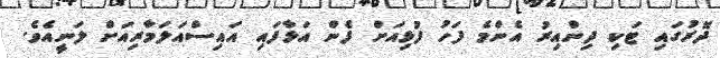
ދޮރުގައި ޓަކި ދިންއިރު އެންމެ ފަހު ފުޅިއަށް ފެން އަޅާފައި އައިސްއަލަމާރިއަށް ލަނީއެވެ.